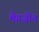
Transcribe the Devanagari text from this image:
मैग़ज़ीन